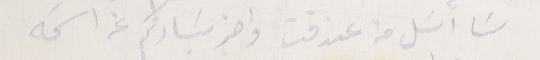
سَا أسَل من عندقت واخبر سَيادتكم عن اسَمه